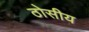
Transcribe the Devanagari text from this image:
ठोसीय